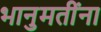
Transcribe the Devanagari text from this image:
भानुमतींना